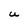
Character: U